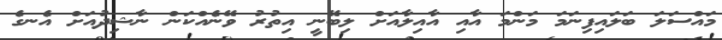
މައްސަލަ ބަލައިފިނަމަ މަންމަ އާއި އާއިލާއަށް ލިބޭނީ އިތުރު ވޭނެއްކަން ނާޝިދުއަށް އެނގެ